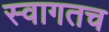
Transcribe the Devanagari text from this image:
स्‍वागतच